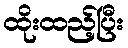
ထိုးထည့်ပြီး